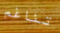
تناغم